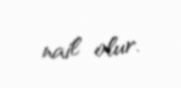
nail olur.